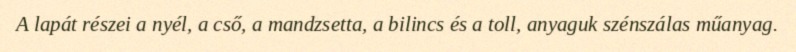
A lapát részei a nyél, a cső, a mandzsetta, a bilincs és a toll, anyaguk szénszálas műanyag.